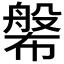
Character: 𱜷